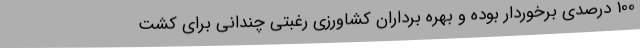
100 درصدی برخوردار بوده و بهره برداران کشاورزی رغبتی چندانی برای کشت